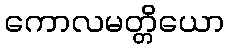
ကောလမတ္တိယော